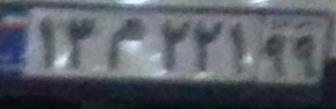
۱۳م۲۲۱۹۹